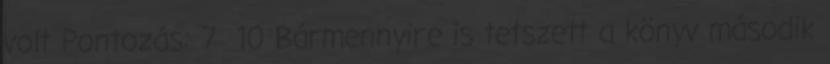
volt Pontozás: 7 10 Bármennyire is tetszett a könyv második